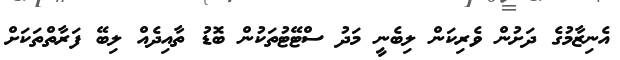
އެނިޒާމުގެ ދަށުން ވެރިކަން ލިބެނީ މަދު ސްޓޭޓުތަކުން ބޮޑު ތާއިދެއް ލިބޭ ފަރާތްތަކަށް